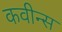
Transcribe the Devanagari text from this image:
कवीन्स